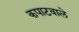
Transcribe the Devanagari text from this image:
कपाटवाले